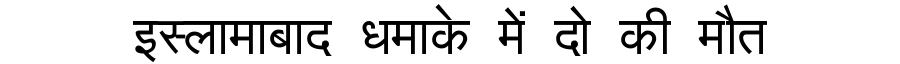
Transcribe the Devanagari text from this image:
इस्लामाबाद धमाके में दो की मौत